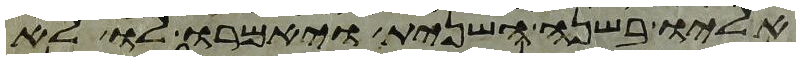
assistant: אליו בשנה השנית ויאמרו לו לא